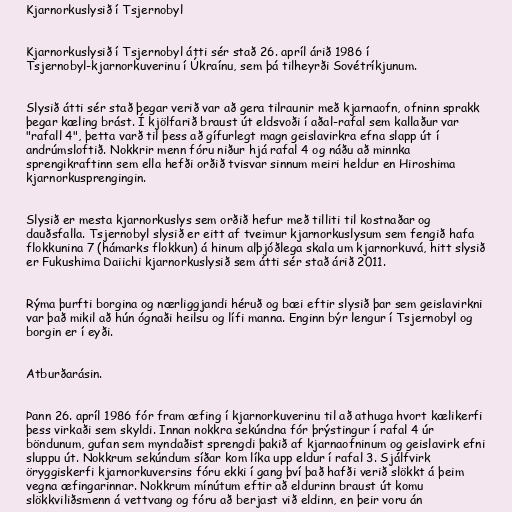
Kjarnorkuslysið í Tsjernobyl

Kjarnorkuslysið í Tsjernobyl átti sér stað 26. apríl árið 1986 í
Tsjernobyl-kjarnorkuverinu í Úkraínu, sem þá tilheyrði Sovétríkjunum.

Slysið átti sér stað þegar verið var að gera tilraunir með kjarnaofn, ofninn sprakk
þegar kæling brást. Í kjölfarið braust út eldsvoði í aðal-rafal sem kallaður var
"rafall 4", þetta varð til þess að gífurlegt magn geislavirkra efna slapp út í
andrúmsloftið. Nokkrir menn fóru niður hjá rafal 4 og náðu að minnka
sprengikraftinn sem ella hefði orðið tvisvar sinnum meiri heldur en Hiroshima
kjarnorkusprengingin.

Slysið er mesta kjarnorkuslys sem orðið hefur með tilliti til kostnaðar og
dauðsfalla. Tsjernobyl slysið er eitt af tveimur kjarnorkuslysum sem fengið hafa
flokkunina 7 (hámarks flokkun) á hinum alþjóðlega skala um kjarnorkuvá, hitt slysið
er Fukushima Daiichi kjarnorkuslysið sem átti sér stað árið 2011.

Rýma þurfti borgina og nærliggjandi héruð og bæi eftir slysið þar sem geislavirkni
var það mikil að hún ógnaði heilsu og lífi manna. Enginn býr lengur í Tsjernobyl og
borgin er í eyði.

Atburðarásin.

Þann 26. apríl 1986 fór fram æfing í kjarnorkuverinu til að athuga hvort kælikerfi
þess virkaði sem skyldi. Innan nokkra sekúndna fór þrýstingur í rafal 4 úr
böndunum, gufan sem myndaðist sprengdi þakið af kjarnaofninum og geislavirk efni
sluppu út. Nokkrum sekúndum síðar kom líka upp eldur í rafal 3. Sjálfvirk
öryggiskerfi kjarnorkuversins fóru ekki í gang því það hafði verið slökkt á þeim
vegna æfingarinnar. Nokkrum mínútum eftir að eldurinn braust út komu
slökkviliðsmenn á vettvang og fóru að berjast við eldinn, en þeir voru án